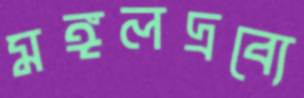
মঙ্গলদ্রব্যে